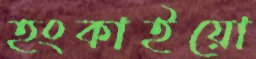
হংকাইয়ো